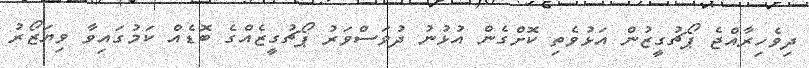
ދިވެހިރާއްޖެ ޕޯޗުގީޒުން އަޅުވެތި ކޮށްގެން އުޅުނު ދުވަސްވަރު ޕޯޗުގީޒެއްގެ ބޮޑެއް ކަމުގައިވާ ވިޔަޒޯރު